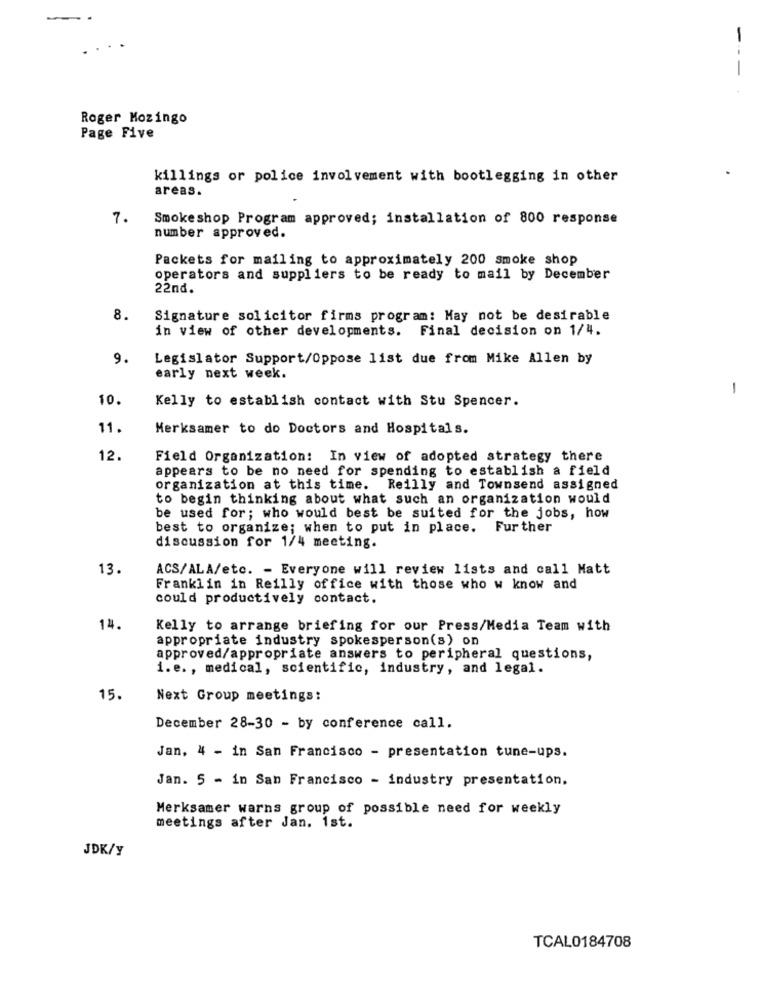
-
Roger Mozingo
Page Five
killings or police involvement with bootlegging in other
areas.
7.
Smokeshop Program approved; installation of 800 response
number approved.
Packets for mailing to approximately 200 smoke shop
operators and suppliers to be ready to mail by December
22nd.
8.
Signature solicitor firms program: May not be desirable
in view of other developments. Final decision on 1/4.
9.
Legislator Support/Oppose list due from Mike Allen by
early next week.
-
10.
Kelly to establish contact with Stu Spencer.
11.
Merksamer to do Doctors and Hospitals.
12.
Field Organization: In view of adopted strategy there
appears to be no need for spending to establish a field
organization at this time. Reilly and Townsend assigned
to begin thinking about what such an organization would
be used for; who would best be suited for the jobs, how
best to organize; when to put in place. Further
discussion for 1/4 meeting.
13.
ACS/ALA/etc. - Everyone will review lists and call Matt
Franklin in Reilly office with those who w know and
could productively contact.
14.
Kelly to arrange briefing for our Press/Media Team with
appropriate industry spokesperson(s) on
approved/appropriate answers to peripheral questions,
i.e. , medical, scientific, industry, and legal.
15.
Next Group meetings:
December 28-30 - by conference call.
Jan. 4 - in San Francisco - presentation tune-ups.
Jan. 5 - in San Francisco - industry presentation.
Merksamer warns group of possible need for weekly
meetings after Jan. 1st.
JDK/y
TCAL0184708